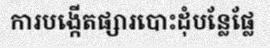
ការបង្កើតផ្សារបោះដុំបន្លែផ្លែ